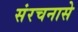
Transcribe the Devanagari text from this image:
संरचनासे